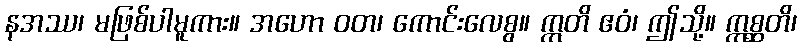
နအဿ၊ မဖြစ်ပါမူကား။ အဟော ဝတ၊ ကောင်းလေစွ။ ဣတိ ဧဝံ၊ ဤသို့။ ဣစ္ဆတိ၊